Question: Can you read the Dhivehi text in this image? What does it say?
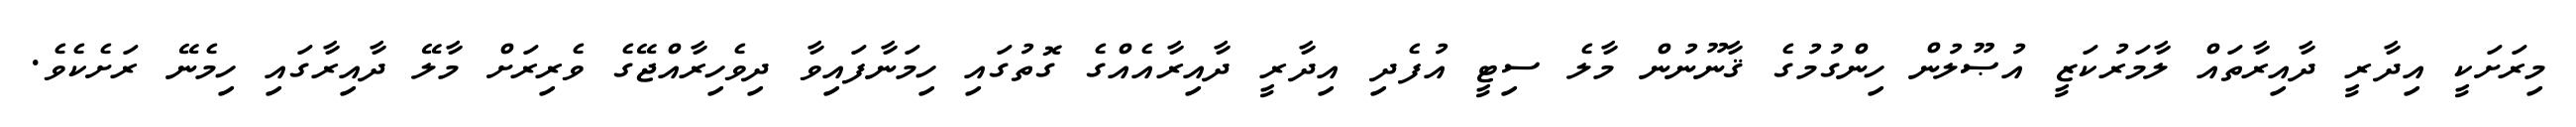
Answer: މިރަށަކީ އިދާރީ ދާއިރާތައް ލާމަރުކަޒީ އުޞޫލުން ހިންގުމުގެ ޤާނޫނުން މާލެ ސިޓީ އުފެދި އިދާރީ ދާއިރާއެއްގެ ގޮތުގައި ހިމަނާފައިވާ ދިވެހިރާއްޖޭގެ ވެރިރަށް މާލޭ ދާއިރާގައި ހިމެނޭ ރަށެކެވެ.